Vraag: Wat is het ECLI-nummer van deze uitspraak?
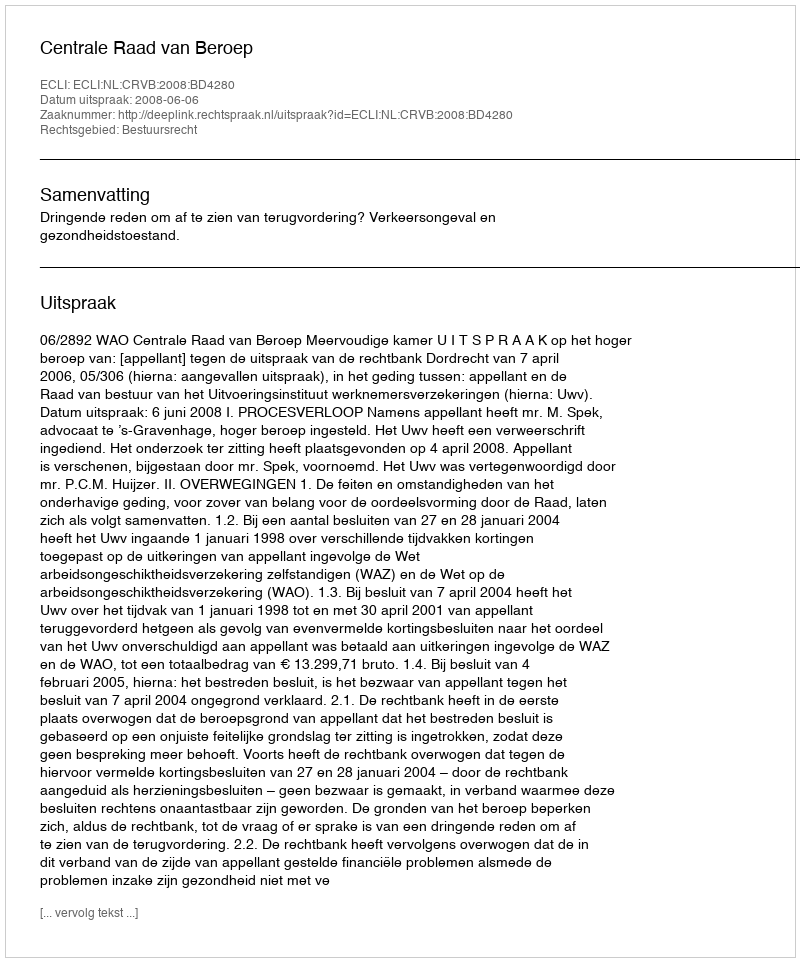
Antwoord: ECLI:NL:CRVB:2008:BD4280